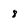
Character: 8